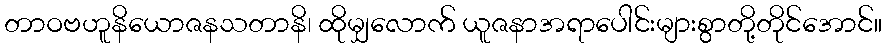
တာဝဗဟူနိယောဇနသတာနိ၊ ထိုမျှလောက် ယူဇနာအရာပေါင်းများစွာတို့တိုင်အောင်။